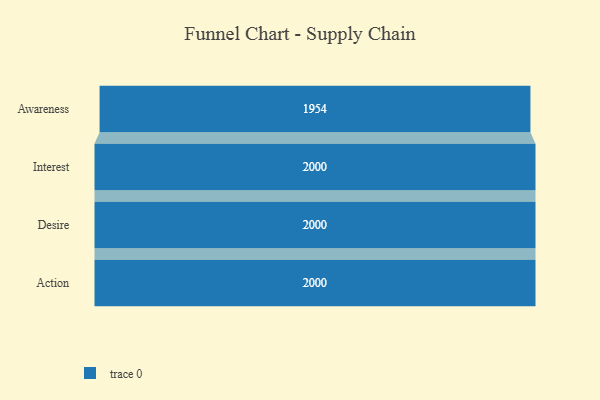
{"axis": {"x": "Stage", "y": "Value"}, "legend": [""], "data": [{"x": "Awareness", "y": 1954.0, "type": ""}, {"x": "Interest", "y": 2000, "type": ""}, {"x": "Desire", "y": 2000, "type": ""}, {"x": "Action", "y": 2000, "type": ""}]}